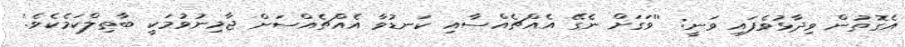
އެގޮތުން ވިދާޅުވެފައި ވަނީ: ''ވަގަށް ނެގޭ އެއްޗެއްސާއި ކަނޑުވާ އެއްޗެއްސަށް ޖާމިނުވުމަކީ ބާޠިލްކަމެކެވެ.'